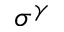
\sigma ^ { \gamma }